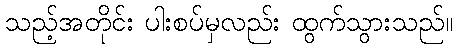
သည့်အတိုင်း ပါးစပ်မှလည်း ထွက်သွားသည်။